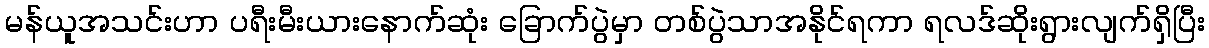
မန်ယူအသင်းဟာ ပရီးမီးယားနောက်ဆုံး ခြောက်ပွဲမှာ တစ်ပွဲသာအနိုင်ရကာ ရလဒ်ဆိုးရွားလျက်ရှိပြီး